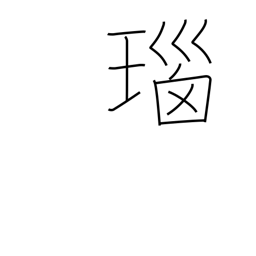
Meaning: onyx